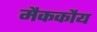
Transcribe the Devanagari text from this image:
मैककौय